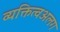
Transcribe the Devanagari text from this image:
व्यक्तित्वअलग